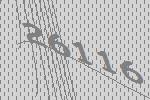
26116